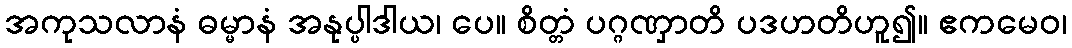
အကုသလာနံ ဓမ္မာနံ အနုပ္ပါဒါယ၊ ပေ။ စိတ္တံ ပဂ္ဂဏှာတိ ပဒဟတိဟူ၍။ ဧကမေဝ၊